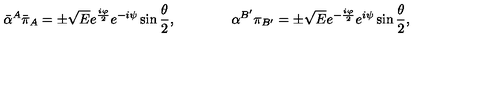
{ \bar { \alpha } } ^ { A } { \bar { \pi } } _ { A } = \pm { \sqrt E } e ^ { { \frac { i \varphi } { 2 } } } e ^ { - i \psi } \sin { \frac { \theta } { 2 } } , \qquad \qquad \alpha ^ { B ^ { \prime } } \pi _ { B ^ { \prime } } = \pm { \sqrt E } e ^ { - { \frac { i \varphi } { 2 } } } e ^ { i \psi } \sin { \frac { \theta } { 2 } } ,